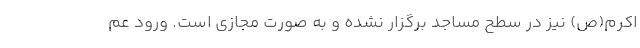
اکرم(ص) نیز در سطح مساجد برگزار نشده و به صورت مجازی است. ورود عم